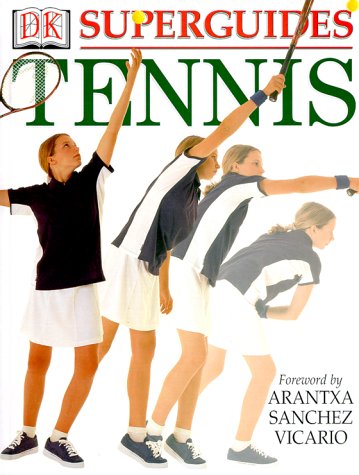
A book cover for Superguides:Tennis; Arantxa Sanchez-Vicario; Children's Books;